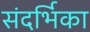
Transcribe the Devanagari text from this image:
संदर्भिका